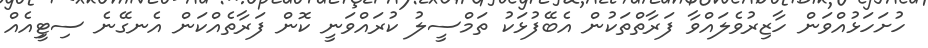
ހުށަހަޅުުއްވަން ހާޒިރުވެލައްވާ ފަރާތްތަކުން އެބޭފުޅަަކު ތަމްސީލު ކުރައްވަނީ ކޮން ފަރާތެއްކަން އެނގޭނެ ސިޓީިއެއް